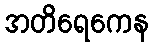
အတိရေကေန